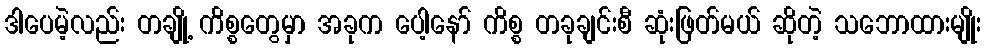
ဒါပေမဲ့လည်း တချို့ ကိစ္စတွေမှာ အခုက ပေါ့နော် ကိစ္စ တခုချင်းစီ ဆုံးဖြတ်မယ် ဆိုတဲ့ သဘောထားမျိုး